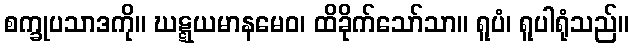
စက္ခုပသာဒကို။ ဃဋ္ဋယမာနမေဝ၊ ထိခိုက်သော်သာ။ ရူပံ၊ ရူပါရုံသည်။